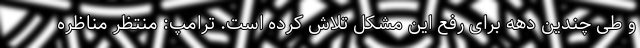
و طی چندین دهه برای رفع این مشکل تلاش کرده است. ترامپ: منتظر مناظره